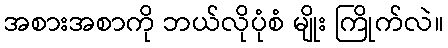
အစားအစာကို ဘယ်လိုပုံစံ မျိုး ကြိုက်လဲ။